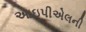
આઇપીએલની